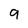
Character: 9